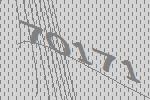
70171